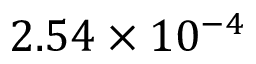
2 . 5 4 \times 1 0 ^ { - 4 }